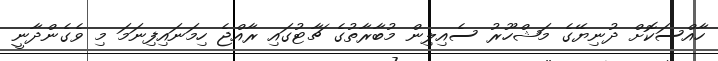
ހާއްސަކޮށް ދުނިޔޭގެ މަޝްހޫރު ސެއިލިން މުބާރާތުގެ ޗާޓުގައި ރާއްޖެ ހިމަނައިފިނަމަ މި ވެގެންދާނީ